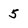
Character: 5